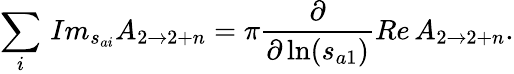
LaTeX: \sum_{i}\, Im_{s_{ai}}A_{2\rightarrow 2+n}=\pi\frac\partial{\partial\ln(s_{a1})}Re\, A_{2\rightarrow 2+n}.